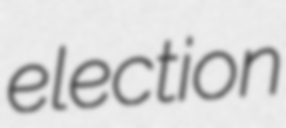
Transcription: election